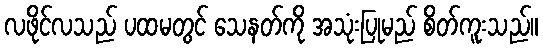
လဖိုင်လသည် ပထမတွင် သေနတ်ကို အသုံးပြုမည် စိတ်ကူးသည်။